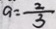
a = \frac { 2 } { 3 }